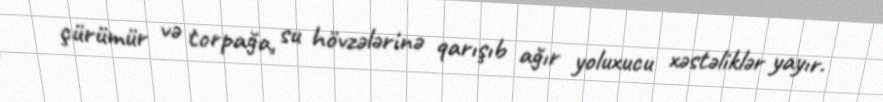
çürümür və torpağa, su hövzələrinə qarışıb ağır yoluxucu xəstəliklər yayır.